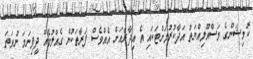
ކޮމިޝަންގެ މަސްއޫލިއްޔަތު އަދާކުރުމަށްޓަކައި އެ އިދާރާއަށް އެއްވެސް ފަރާތަކުން ގެއްލުމެއް ދީފިނަމަ ނުވަތަ